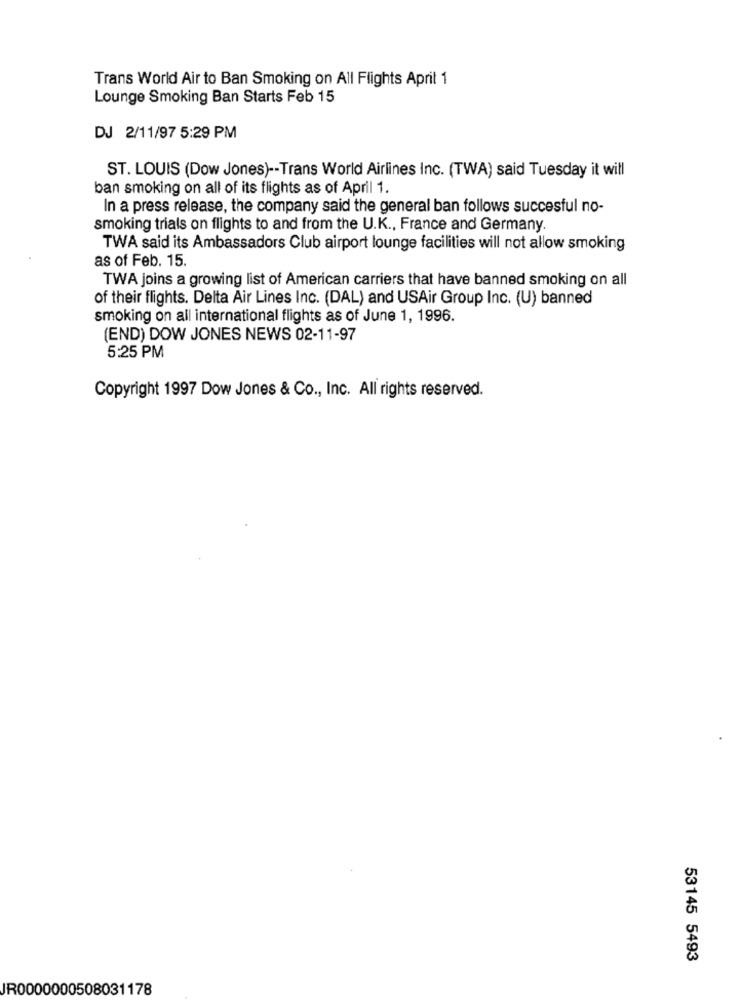
Trans World Air to Ban Smoking on All Flights April 1
Lounge Smoking Ban Starts Feb 15
DJ 2/11/97 5:29 PM
ST. LOUIS (Dow Jones) -- Trans World Airlines Inc. (TWA) said Tuesday it will
ban smoking on all of its flights as of April 1.
In a press release, the company said the general ban follows succesful no-
smoking trials on flights to and from the U.K ., France and Germany.
TWA said its Ambassadors Club airport lounge facilities will not allow smoking
as of Feb. 15.
TWA joins a growing list of American carriers that have banned smoking on all
of their flights. Delta Air Lines Inc. (DAL) and USAir Group Inc. (U) banned
smoking on all international flights as of June 1, 1996.
(END) DOW JONES NEWS 02-11-97
5:25 PM
Copyright 1997 Dow Jones & Co ., Inc. All rights reserved.
53145 5493
JR0000000508031178